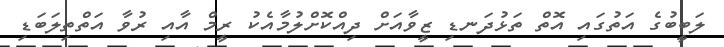
ލަބީބުގެ އަތުގައި އޮތް ތަޅުދަނޑި ޒީވާއަށް ދިއްކޮށްލުމާއެކު ރީމް އާއި ރުވާ އަތްތިލަބަޑި